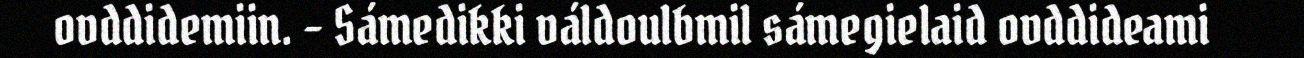
ovddidemiin. - Sámedikki váldoulbmil sámegielaid ovddideami